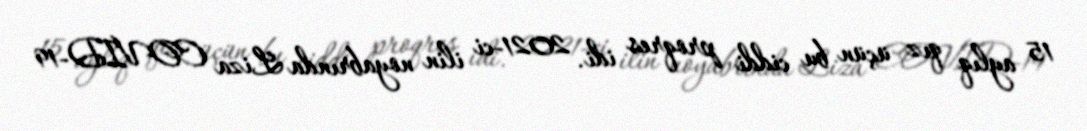
15 aylıq qız üçün bu ciddi proqres idi. 2021-ci ilin noyabrında Liza COVID-19